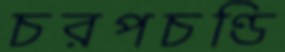
চরপচণ্ডি